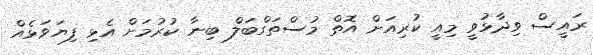
ރައީސް ވިދާޅުވީ މިއީ ކުރިއަށް އޮތް މުސްތަގްބަލް ބިނާ ކުރުމަށް އެޅި ފިޔަވަޅެއް